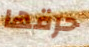
حرقها